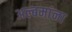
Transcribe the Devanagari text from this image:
अल्बमांना